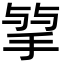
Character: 𢮠